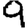
Digit: 9